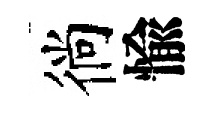
徜愉